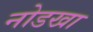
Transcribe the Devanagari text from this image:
नोडखा